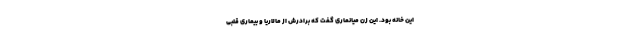
این خانه بود. این زن میانماری گفت که برادرش از مالاریا و بیماری قلبی